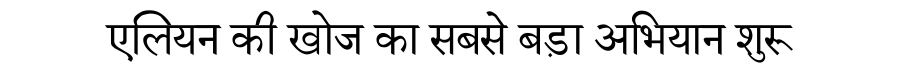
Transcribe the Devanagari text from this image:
एलियन की खोज का सबसे बड़ा अभियान शुरू